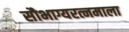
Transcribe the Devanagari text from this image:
सौभाग्यरत्नमाला